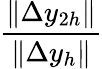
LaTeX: \frac{\| \Delta y_{2h}\| }{\| \Delta y_{h}\| }